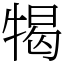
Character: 㹇